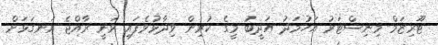
ޓޫރިޒަމް މިނިސްޓަރު އަހުމަދު އަދީބު މީގެ ކުރިން ވިދާޅުވެފައި ވަނީ ރާއްޖެ ރަނގަޅަށް